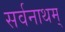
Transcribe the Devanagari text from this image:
सर्वनाथम्